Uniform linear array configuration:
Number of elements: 64
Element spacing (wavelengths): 0.25
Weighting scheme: binomial
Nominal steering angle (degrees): -30
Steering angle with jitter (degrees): -28.482
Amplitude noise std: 0.05
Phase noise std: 0.05

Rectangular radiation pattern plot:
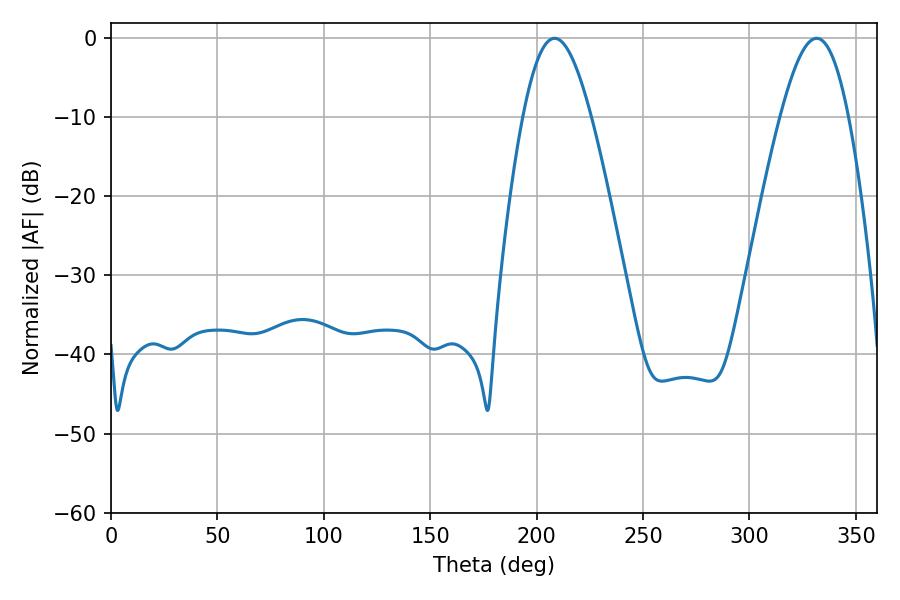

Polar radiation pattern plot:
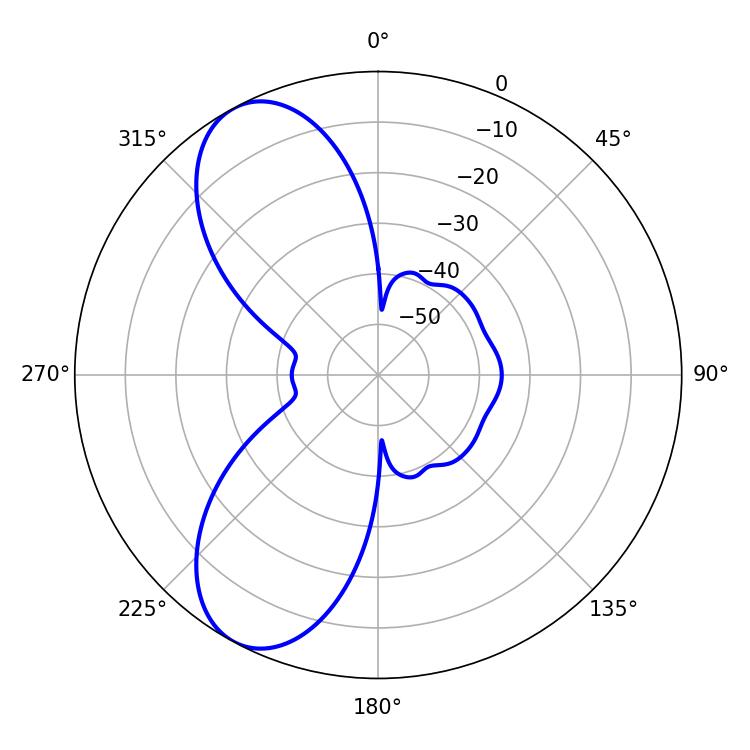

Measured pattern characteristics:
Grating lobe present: FALSE
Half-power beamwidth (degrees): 17.28
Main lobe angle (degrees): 208.44